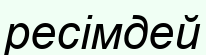
ресімдей